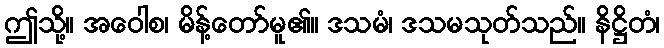
ဤသို့။ အဝေါစ၊ မိန့်တော်မူ၏။ ဒသမံ၊ ဒသမသုတ်သည်။ နိဋ္ဌိတံ၊